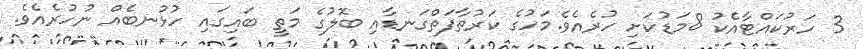
3 ހަރުކައްޓާއެކު 8މަޑުކަށި ހުރެއެވެ.މަހުގެ ކަރުތާފަތްގަނޑާއި ބޮލުގެ މަތީ ބައިގައި ހުޅުނބެއް ނުހުރެއެވެ.